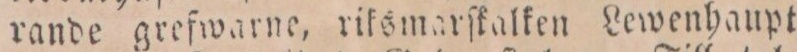
rande grefwarne, riksmarſkalken Lewenhaupt